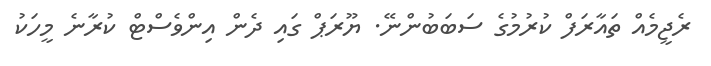
ރެޖީމެއް ތައާރަފް ކުރުމުގެ ސަބަބުންނޭ. ޔޫރަޕް ގައި ދެން އިންވެސްޓް ކުރާނެ މީހަކު